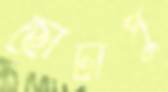
ছোটাপু